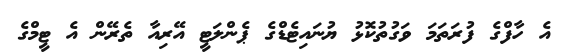
އެ ހާފްގެ ފުރަތަމަ ވަގުތުކޮޅު ޔުނައިޓެޑްގެ ޕެންލަޓީ އޭރިއާ ތެރޭން އެ ޓީމްގެ